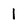
Character: 1